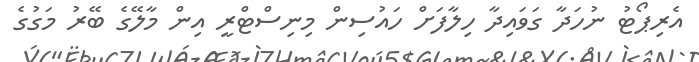
އެރިޕޯޓު ނުހަދާ ގަވައިދާ ހިލާފަށް ހައުސިން މިނިސްޓްރީ އިން މާލޭގެ ބޭރު މަގުގެ